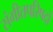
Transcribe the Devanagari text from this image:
संगीतपरिषदों